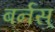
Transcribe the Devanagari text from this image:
बर्नस्